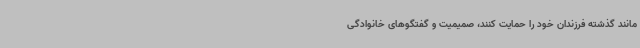
مانند گذشته فرزندان خود را حمایت کنند، صمیمیت و گفتگوهای خانوادگی